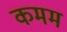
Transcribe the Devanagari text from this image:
कमम